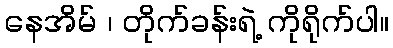
နေအိမ် ၊ တိုက်ခန်းရဲ့ ကိုရိုက်ပါ။